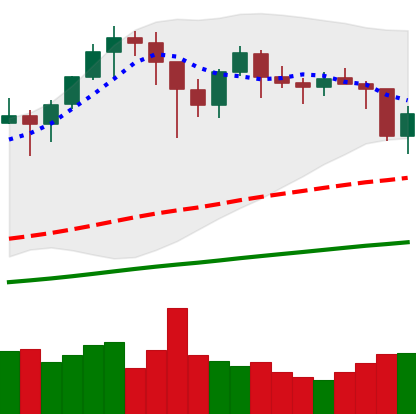
Ticker: BTC-USD
Chart end date: 2021-01-22
Forward return: -7.796%
Label: down_7plus